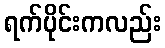
ရက်ပိုင်းကလည်း